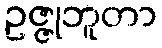
ဥဇ္ဇုဘူတာ